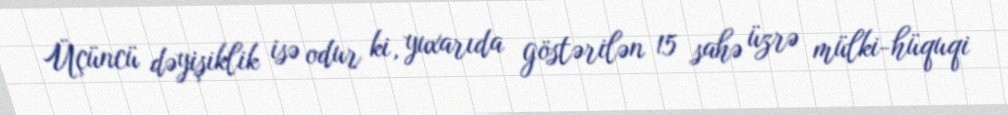
Üçüncü dəyişiklik isə odur ki, yuxarıda göstərilən 15 sahə üzrə mülki-hüquqi